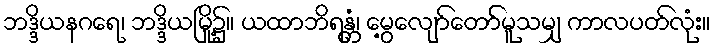
ဘဒ္ဒိယနဂရေ၊ ဘဒ္ဒိယမြို့၌။ ယထာဘိရန္တံ၊ မွေ့လျော်တော်မူသမျှ ကာလပတ်လုံး။